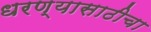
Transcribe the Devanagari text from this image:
धरण्यासाठीचा